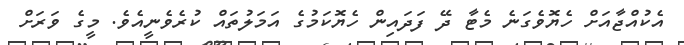
އެކުއްޖާއަށް ހެޔޮވެގަނެ މެޓާ ދޭ ފަދައިން ހެޔޮކަމުގެ އަމަލުތައް ކުރެވެނީއެވެ. މީގެ ވަރަށް